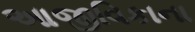
આજીવિકાના